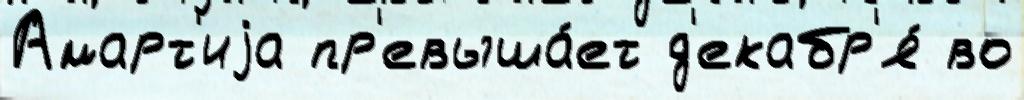
Амарт'иjа пр'евыша́ет д'екабр'я́ во